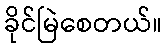
ခိုင်မြဲစေတယ်။